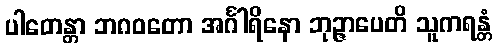
ပါတေန္တာ ဘဂဝတော အင်္ဂါရိနော ဘုဉ္ဇာပေတိ သူကရန္တံ